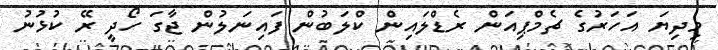
މިދިޔަ އަހަރުގެ ޗެމްޕިއަން ރެޑްލައިން ކްލަބުން ފައިނަލުން ޖާގަ ހޯދީ ރޭ ކުޅުނު